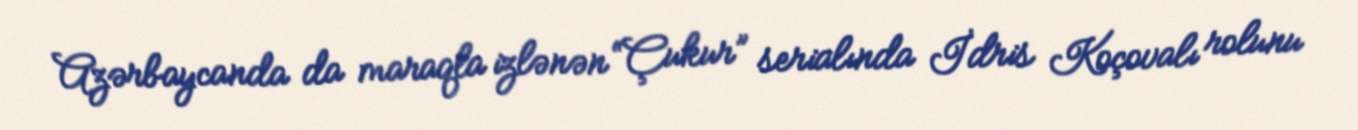
Azərbaycanda da maraqla izlənən “Çukur” serialında İdris Koçovalı rolunu